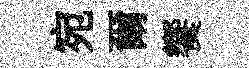
宛爾饗